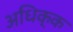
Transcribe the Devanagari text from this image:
अधिक्क